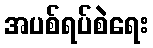
အပစ်ရပ်စဲရေး